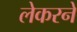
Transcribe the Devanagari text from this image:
लेकरने